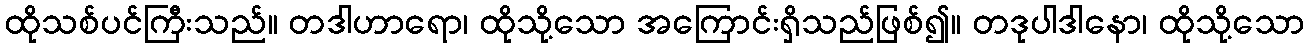
ထိုသစ်ပင်ကြီးသည်။ တဒါဟာရော၊ ထိုသို့သော အကြောင်းရှိသည်ဖြစ်၍။ တဒုပါဒါနော၊ ထိုသို့သော